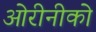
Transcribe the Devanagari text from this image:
ओरीनीको